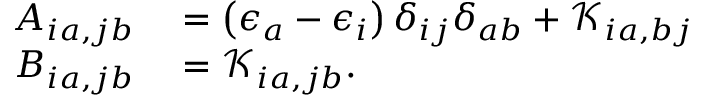
\begin{array} { r l } { A _ { i a , j b } } & { { } = \left( \epsilon _ { a } - \epsilon _ { i } \right) \delta _ { i j } \delta _ { a b } + \mathcal { K } _ { i a , b j } } \\ { B _ { i a , j b } } & { { } = \mathcal { K } _ { i a , j b } . } \end{array}